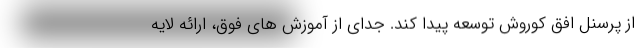
از پرسنل افق کوروش توسعه پیدا کند. جدای از آموزش های فوق، ارائه لایه